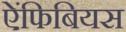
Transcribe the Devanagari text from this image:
ऐंफिबियस